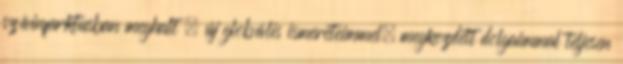
szívinfarktusban meghalt – új globális ismereteimmel, megkezdett dol­gaimmal teljesen